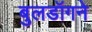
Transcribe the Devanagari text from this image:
बुलडॉगने